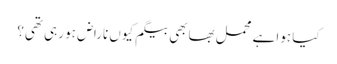
کیا ہوا ہے محمل بھابھی بیگم کیوں ناراض ہو رہی تھی؟